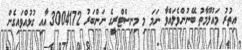
އިތުރު މައުލޫމާތު ބޭނުންވެލައްވާ ނަމަ މި މިނިސްޓްރީގެ ނަންބަރު 3004172 އާއި ގުޅުއްވައިގެން